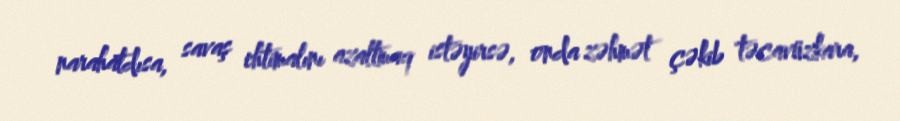
narahatdısa, savaş ehtimalını azaltmaq istəyirsə, onda zəhmət çəkib təcavüzkara,